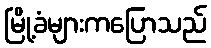
မြို့ခံများကပြောသည်